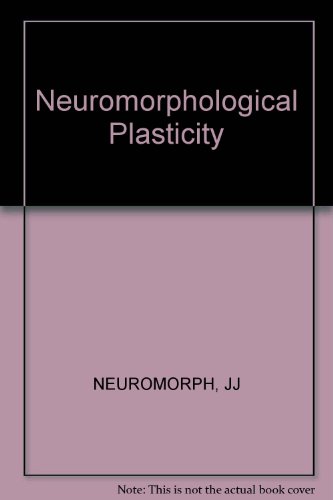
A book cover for Neuromorphological Plasticity: A Symposium based on Papers Presented at the Cajal Club Meeting in Conjunction with the American Association of Anatomists, Dallas, Tex., April 1972; Medical Books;